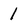
Character: 1